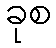
ခုစ